Taavet_Bergmanni_abiraha_sihtasutus, lk 15
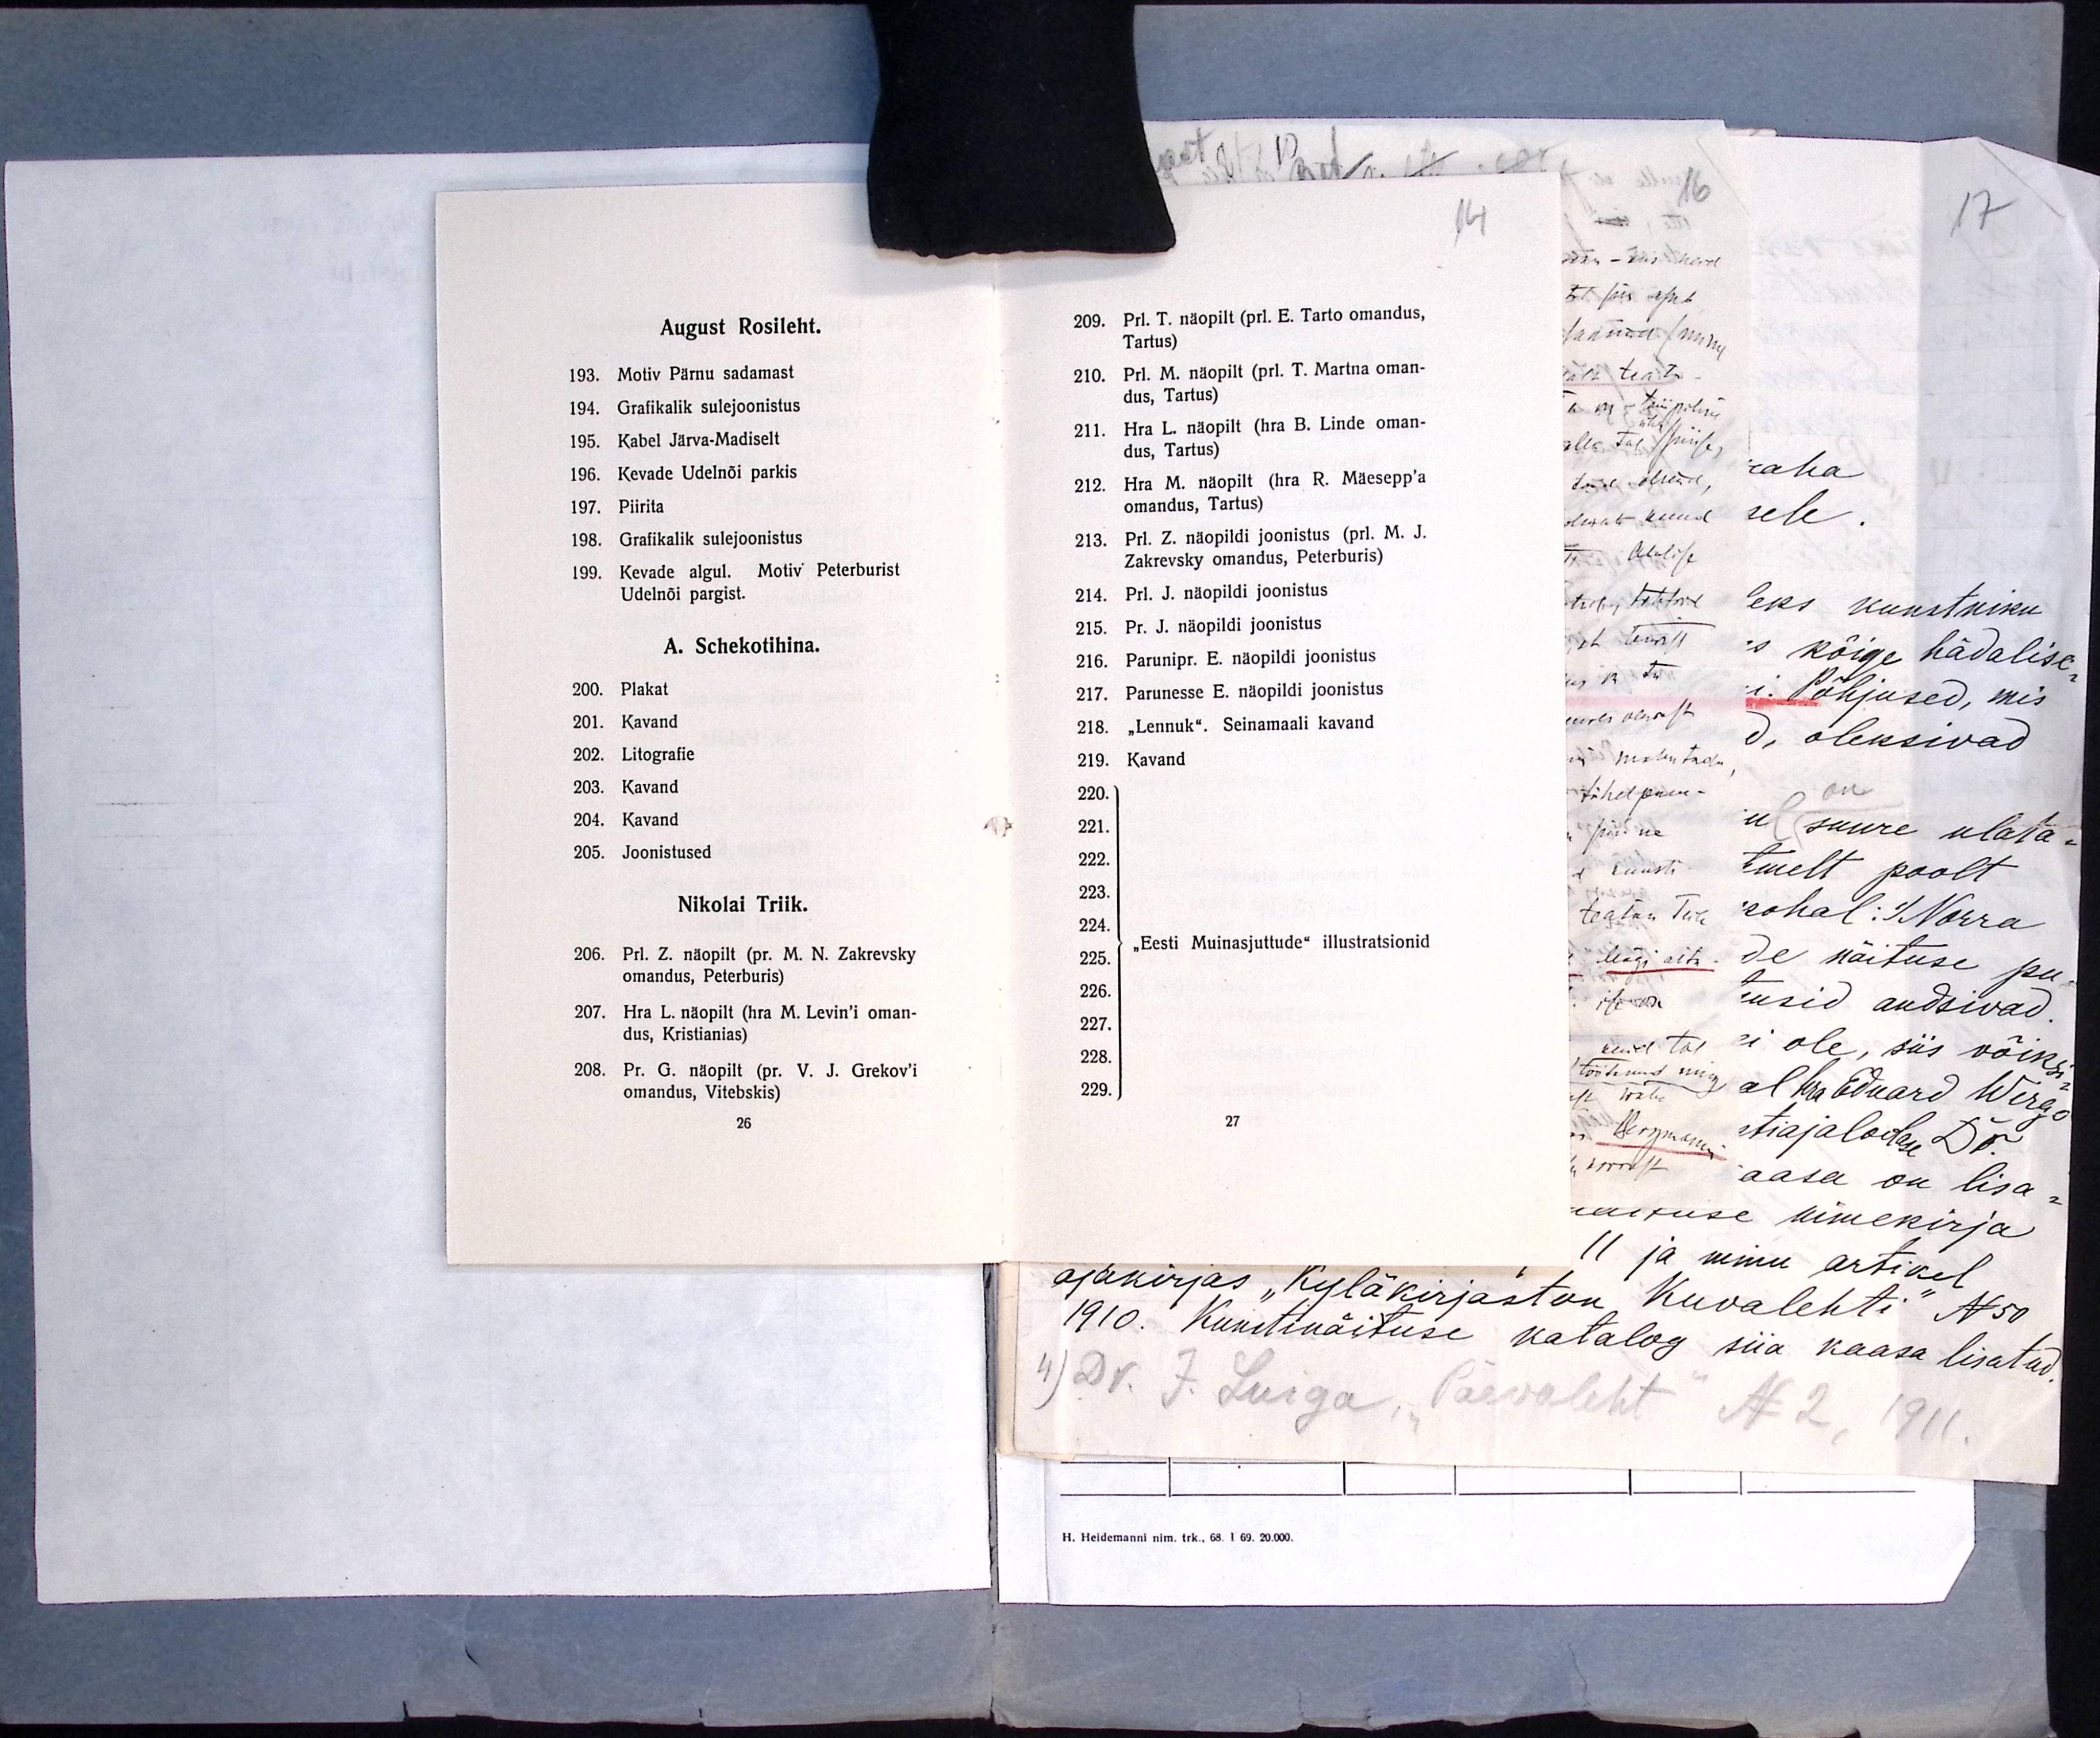
14
209. Prl. T. näopilt (prl. E. Tarto omandus,
Tartus)
210. Prl. M. näopilt (prl. T. Martna oman-
dus, Tartus)
211. Hra L. näopilt (hra B. Linde oman-
dus, Tartus)
212. Hra M. näopilt (hra R. Mäesepp'a
omandus, Tartus)
213. Prl. Z. näopildi joonistus (prl. M. J.
Zakrevsky omandus, Peterburis)
214. Prl. J. näopildi joonistus
215. Pr. J. näopildi joonistus
216. Parunipr. E. näopildi joonistus
217. Parunesse E. näopildi joonistus
218. "Lennuk". Seinamaali kavand
219. Kavand
220.
221.
222.
223.
224.
} „Eesti Muinasjuttude" illustratsionid
225.
226.
227.
228.
229.
27

August Rosileht.
193. Motiv Pärnu sadamast
194. Grafikalik sulejoonistus
195. Kabel Järva-Madiselt
196. Kevade Udelnõi parkis
197. Piirita
198. Grafikalik sulejoonistus
199. Kevade algul. Motiv Peterburist
Udelnõi pargist.
A. Schekotihina.
200. Plakat
201. Kavand
202. Litografie
203. Kavand
204. Kavand
205. Joonistused
Nikolai Triik.
206. Prl. Z. näopilt (pr. M. N. Zakrevsky
omandus, Peterburis)
207. Hra L. näopilt (hra M. Levin'i oman-
dus, Kristianias)
208. Pr. G. näopilt (pr. V. J. Grekov'i
omandus, Vitebskis)
26